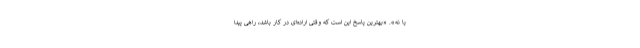
یا نه». «بهترین پاسخ این است که وقتی اراده‌ای در کار باشد، راهی پیدا